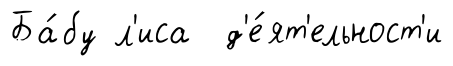
Ба́бу л'иса д'е́ят'ельност'и